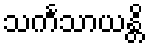
သင်္ကသာယန္တိ